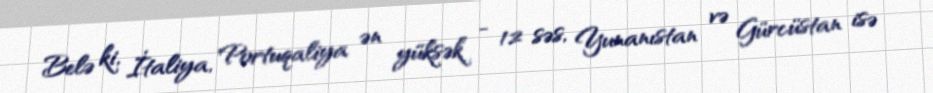
Belə ki, İtaliya, Portuqaliya ən yüksək - 12 səs, Yunanıstan və Gürcüstan isə